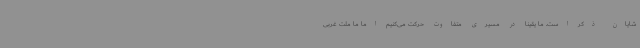
شایان ذکر است. ما یقیناً در مسیری متفاوت حرکت می‌کنیم اما ما ملت غربی